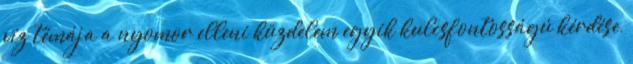
víz témája a nyomor elleni küzdelem egyik kulcsfontosságú kérdése,